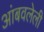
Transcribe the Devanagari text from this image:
आंबवलेली